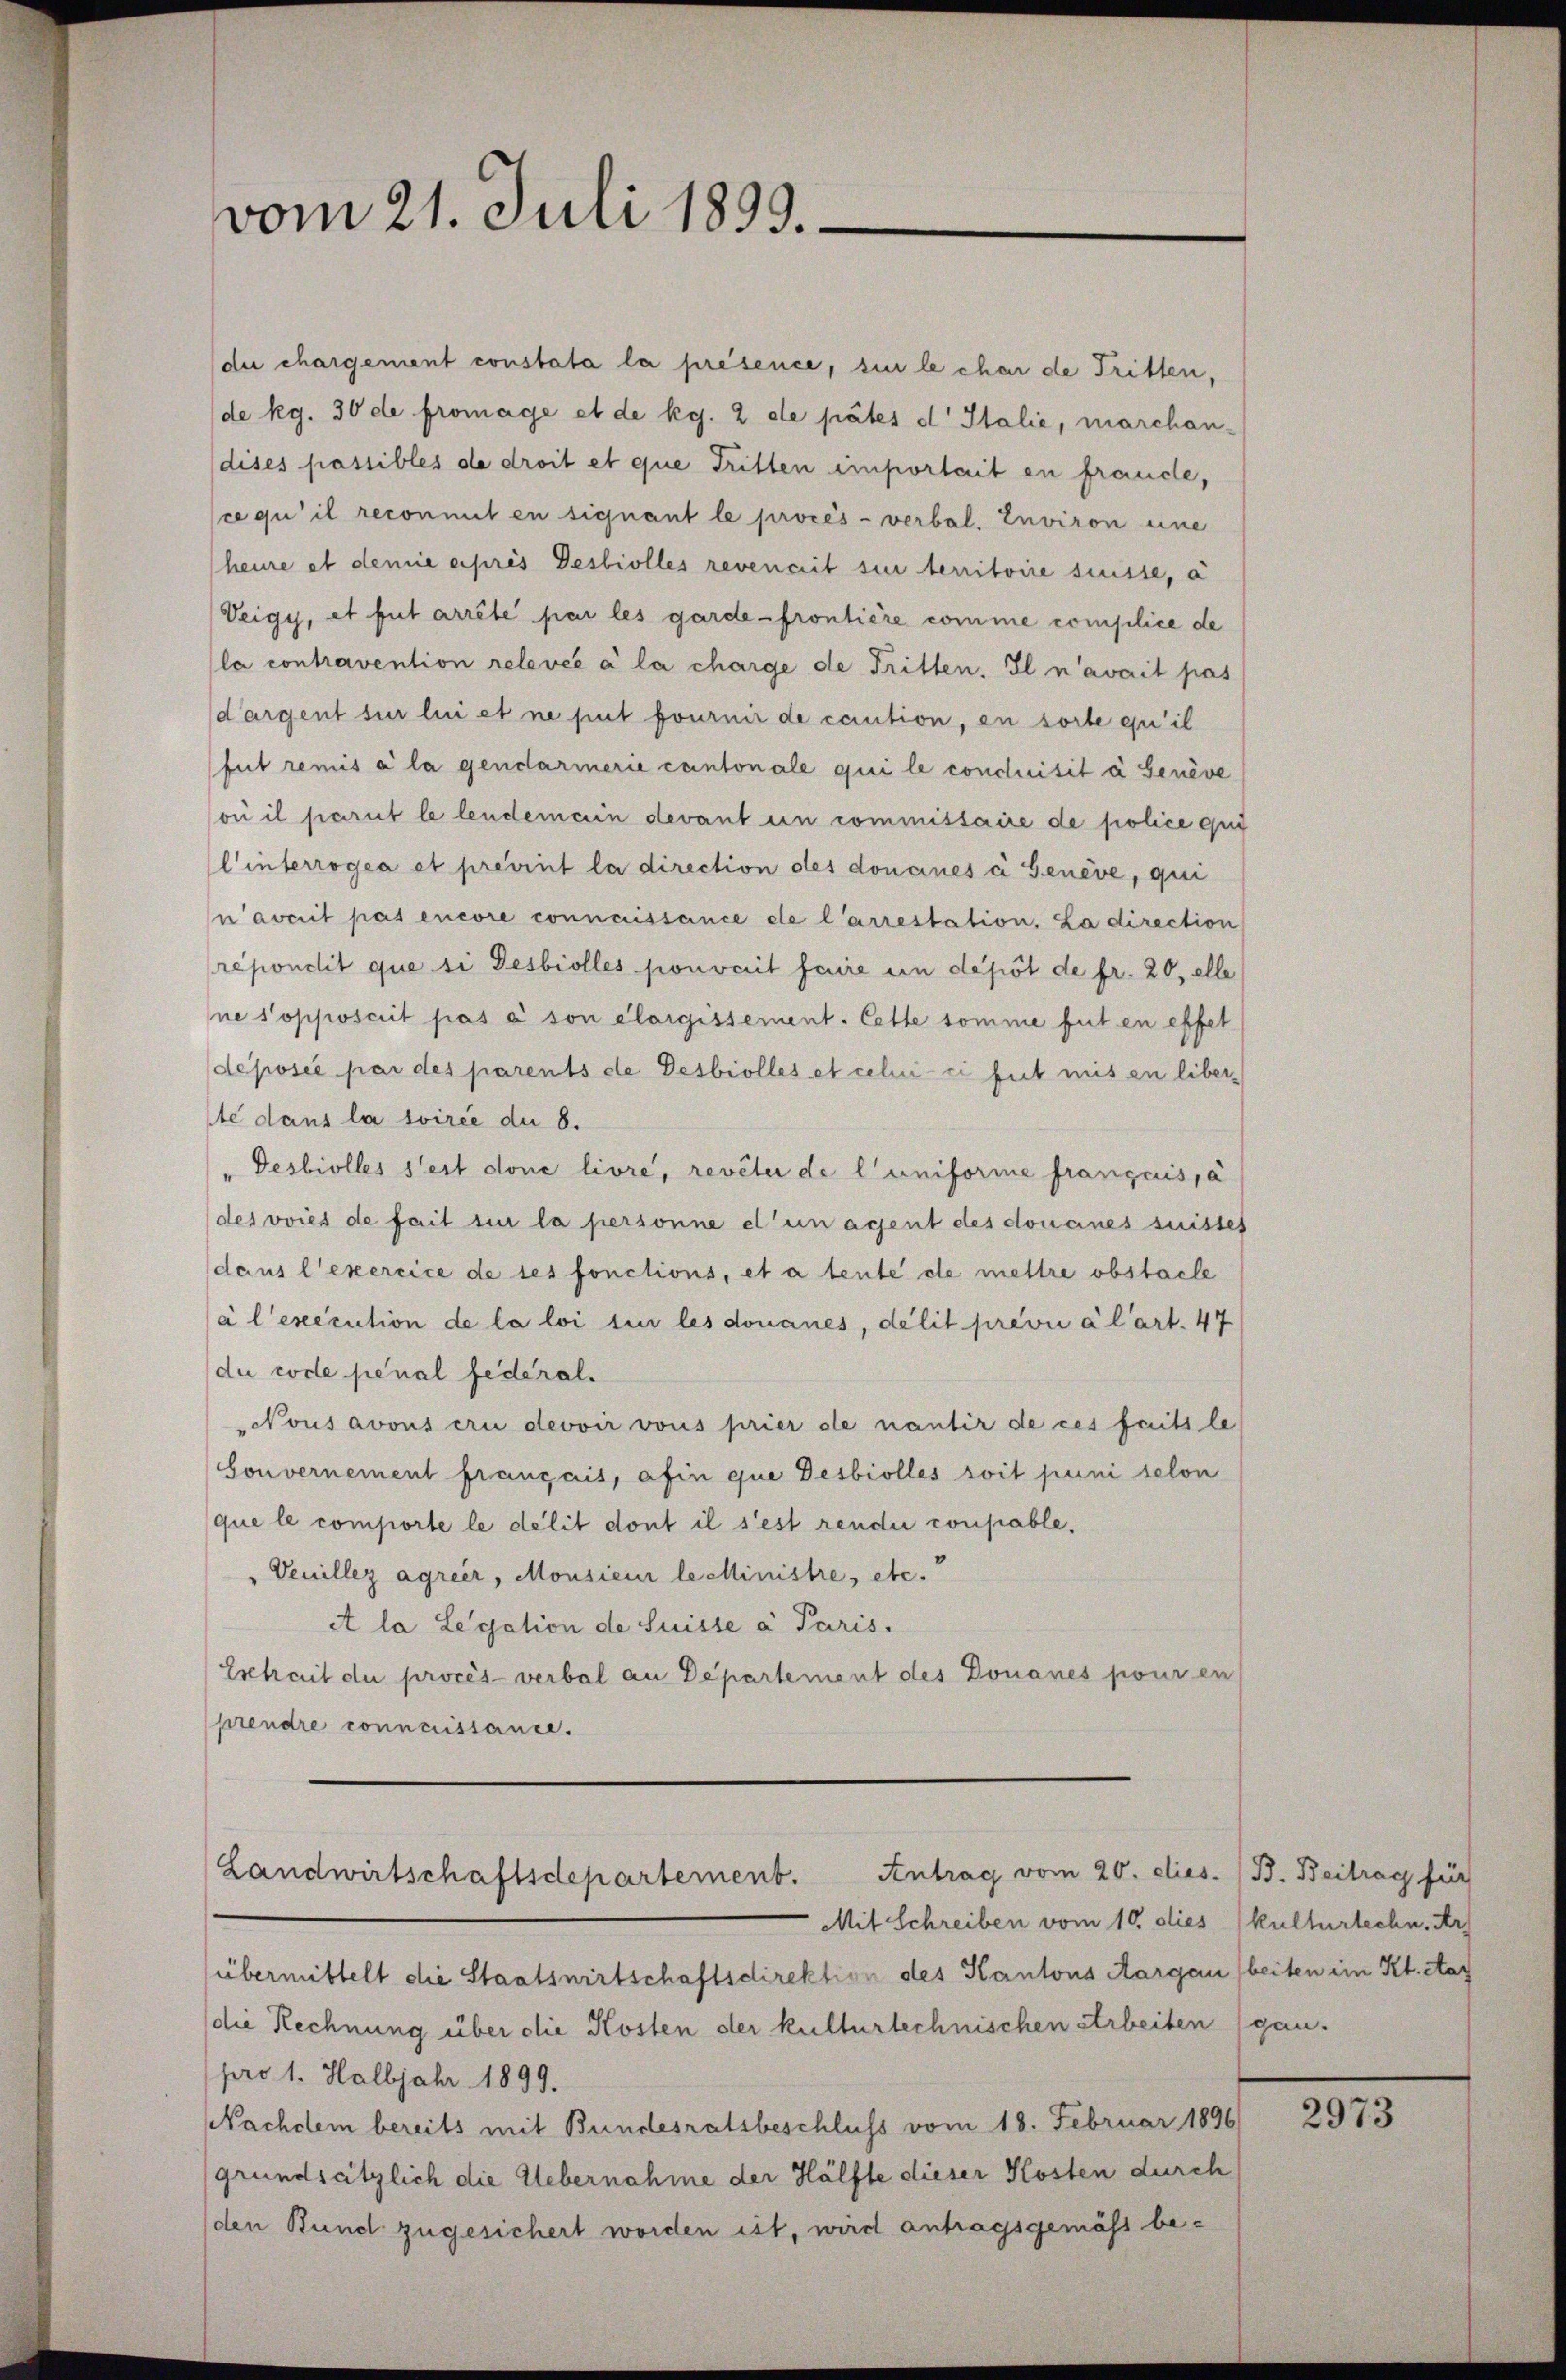
vom 21. Juli 1893.

(die chargement constata la présence, sie le char de Tritten,
(de kg. 30 de fromage et de kg. 2 de pates d Italie, marchandises passibles de droit et que Tritten einportait en frande,
ce qui il reconmit en signant le procès-verbal. Inviron eine
heure et demie après Desbiolles revenait sie territoire suisse, a
Veigy, et fut arrête par les garde-frontière comme complice de
la contravention relevée à la charge de Tritten. Il n’avait pas
dargent sur lui et ne peut fournir de caution, en sorte qu’il
fut remis à la gendarmerie cantonale qui le concluisit à Genève
où il parut le lendemain devant en commissaire de police qui
linterrogea et prevint la direction des donaues à Genève, qui
naverit pas encore connaissance de l’arrestation. La direction
répondit que si Desbiolles pouvait faire in depot de fr. 20, elle
ne s’opposcrit pas à son élorgissement. Cette somme fut en effet
déposée par des parents de Desbiolles et celui-ci fut mis en liberste dans la soiree du 8.
Desbiolles s’est done livre, reveter de l’uniforme français, à
(des voies de fait sie la personne et un agent des donaues suisses
dans l’exercice de ses fonctions, et à tente de mettre obstacle
à l’exécution de la loi sin les donanes, délit prévu à l’art. 47
du code pénal federal.
Nous avous eri devoir vous prier de nantir de ces faits le
Gouvernement français, afin que Desbiolles soit puni selon
que le comporte le délit dont il s’est rendii coupable.
Veuillez agreer, Monsieur le Ministre, etc.
et la Legation de Suisse a Paris.
Esetrait du procès-verbal an Departement des Donaues pour en
prendre connaissance.

Landwirtschaftsdepartement. Antrag vom 20. dies. (B. Beitrag für
Mit Schreiben vom 10. dies kulturlechn. Ar

übermittelt die Staatswirtschaftsdirektion des Kantons Aargau (beiten im Kt. Aar
die Rechnung über die Kosten der kulturtechnischen Arbeiten ganpro 1. Halbjahr 1899.
Nachdem bereits mit Bundesratsbeschluss vom 18. Februar 1896
grundsätzlich die Uebernahme der Hälfte dieser Kosten durch
den Bund zugesichert worden ist, wird antragsgemäß be¬

2973